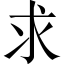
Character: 求